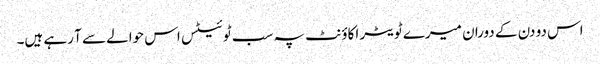
اس دو دن کے دوران میرے ٹویٹر اکاؤنٹ پہ سب ٹوئیٹس اس حوالے سے آ رہے ہیں۔